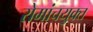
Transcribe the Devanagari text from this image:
रोमांचयुक्त